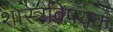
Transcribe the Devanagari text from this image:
शास्त्रविषयक